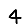
Digit: 4